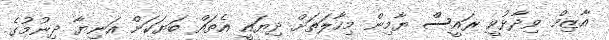
އާޒިމް ވިދާޅުވީ ރައީސް ޔާމިން މިހާލަތަށް ދިޔައީ އެތައް ބަޔަކަށް އަނިޔާ ދިނުމުގެ